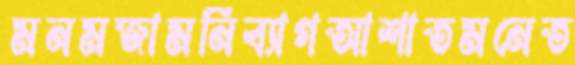
মনমজামনিব্যাগআশাতমনেত